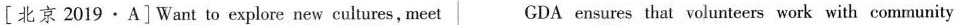
[北京 2019·A]Want to explore new cultures, meet GDA ensures that volunteers work with community